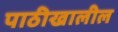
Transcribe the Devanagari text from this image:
पाठीखालील